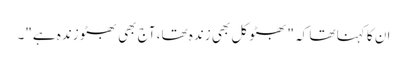
ان کا کہنا تھا کہ "بھٹو کل بھی زندہ تھا، آج بھی بھٹو زندہ ہے"۔